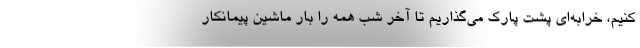
‌کنیم، خرابه‌ای پشت پارک می‌گذاریم تا آخر شب همه را بار ماشین پیمانکار